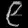
Digit: ၉